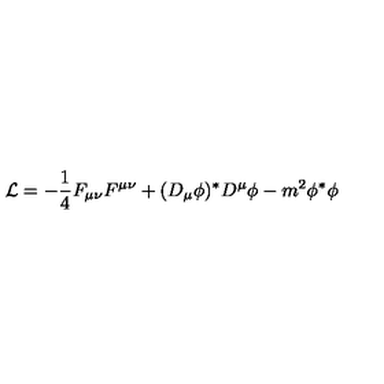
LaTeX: { \cal L } = - { \frac { 1 } { 4 } } F _ { \mu \nu } F ^ { \mu \nu } + ( D _ { \mu } \phi ) ^ { * } D ^ { \mu } \phi - m ^ { 2 } \phi ^ { * } \phi